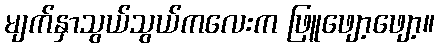
မျက်နှာသွယ်သွယ်ကလေးက ဖြူဖျော့ဖျော့။